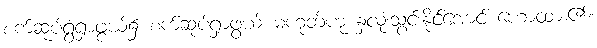
စက်ဆုပ်ရွံရှာဖွယ်၌ စက်ဆုပ်ရှာဖွယ် မဟုတ်ဟု နှလုံးသွင်းနိုင်အောင် ဟောထား၏။